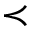
\prec